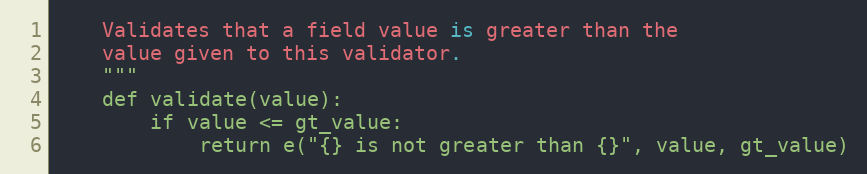
Language: Python
    Validates that a field value is greater than the
    value given to this validator.
    """
    def validate(value):
        if value <= gt_value:
            return e("{} is not greater than {}", value, gt_value)